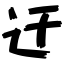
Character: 迂